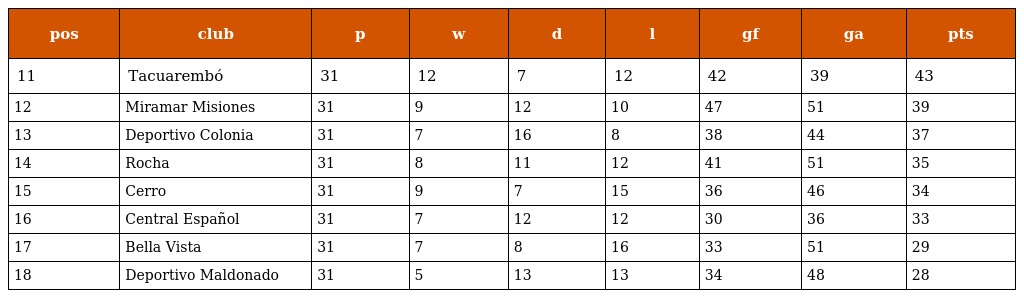
| pos | club | p | w | d | l | gf | ga | pts |
 | --- | --- | --- | --- | --- | --- | --- | --- | --- |
 | 11 | Tacuarembó | 31 | 12 | 7 | 12 | 42 | 39 | 43 |
 | 12 | Miramar Misiones | 31 | 9 | 12 | 10 | 47 | 51 | 39 |
 | 13 | Deportivo Colonia | 31 | 7 | 16 | 8 | 38 | 44 | 37 |
 | 14 | Rocha | 31 | 8 | 11 | 12 | 41 | 51 | 35 |
 | 15 | Cerro | 31 | 9 | 7 | 15 | 36 | 46 | 34 |
 | 16 | Central Español | 31 | 7 | 12 | 12 | 30 | 36 | 33 |
 | 17 | Bella Vista | 31 | 7 | 8 | 16 | 33 | 51 | 29 |
 | 18 | Deportivo Maldonado | 31 | 5 | 13 | 13 | 34 | 48 | 28 |